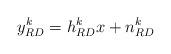
LaTeX: \begin{align*} y_{RD}^k = h_{RD}^k x + n_{RD}^k\end{align*}